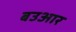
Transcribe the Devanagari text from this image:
बउआर